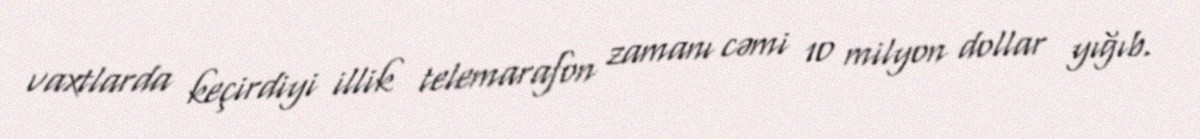
vaxtlarda keçirdiyi illik telemarafon zamanı cəmi 10 milyon dollar yığıb.